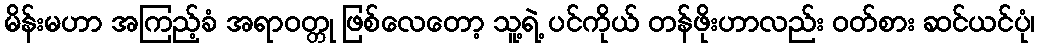
မိန်းမဟာ အကြည့်ခံ အရာဝတ္တု ဖြစ်လေတော့ သူ့ရဲ့ ပင်ကိုယ် တန်ဖိုးဟာလည်း ဝတ်စား ဆင်ယင်ပုံ၊